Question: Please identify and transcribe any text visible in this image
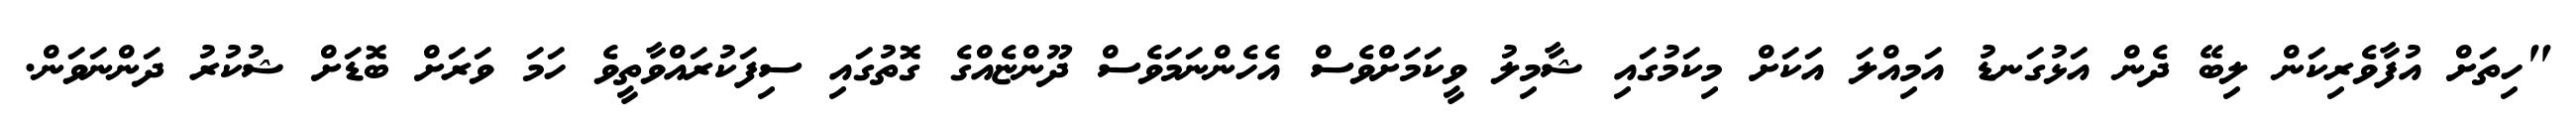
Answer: "ހިތަށް އުފާވެރިކަން ލިބޭ ދެން އަޅުގަނޑު އަމިއްލަ އަކަށް މިކަމުގައި ޝާމިލު ވީކަމަށްވެސް އެހެންނަމަވެސް ދޫންޏެއްގެ ގޮތުގައި ސިފަކުރައްވާތީވެ ހަމަ ވަރަށް ބޮޑަށް ޝުކުރު ދަންނަވަން.